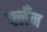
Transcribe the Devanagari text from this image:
फ्लँन